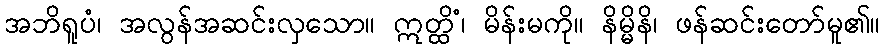
အဘိရူပံ၊ အလွန်အဆင်းလှသော။ ဣတ္ထိံ၊ မိန်းမကို။ နိမ္မိနိ၊ ဖန်ဆင်းတော်မူ၏။